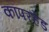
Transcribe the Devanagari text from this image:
कॉपरहेड